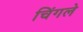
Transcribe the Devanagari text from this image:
चिंगले